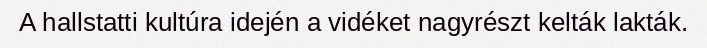
A hallstatti kultúra idején a vidéket nagyrészt kelták lakták.